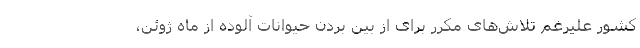
کشور علیرغم تلاش‌های مکرر برای از بین بردن حیوانات آلوده از ماه ژوئن،